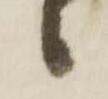
候